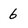
Character: 6